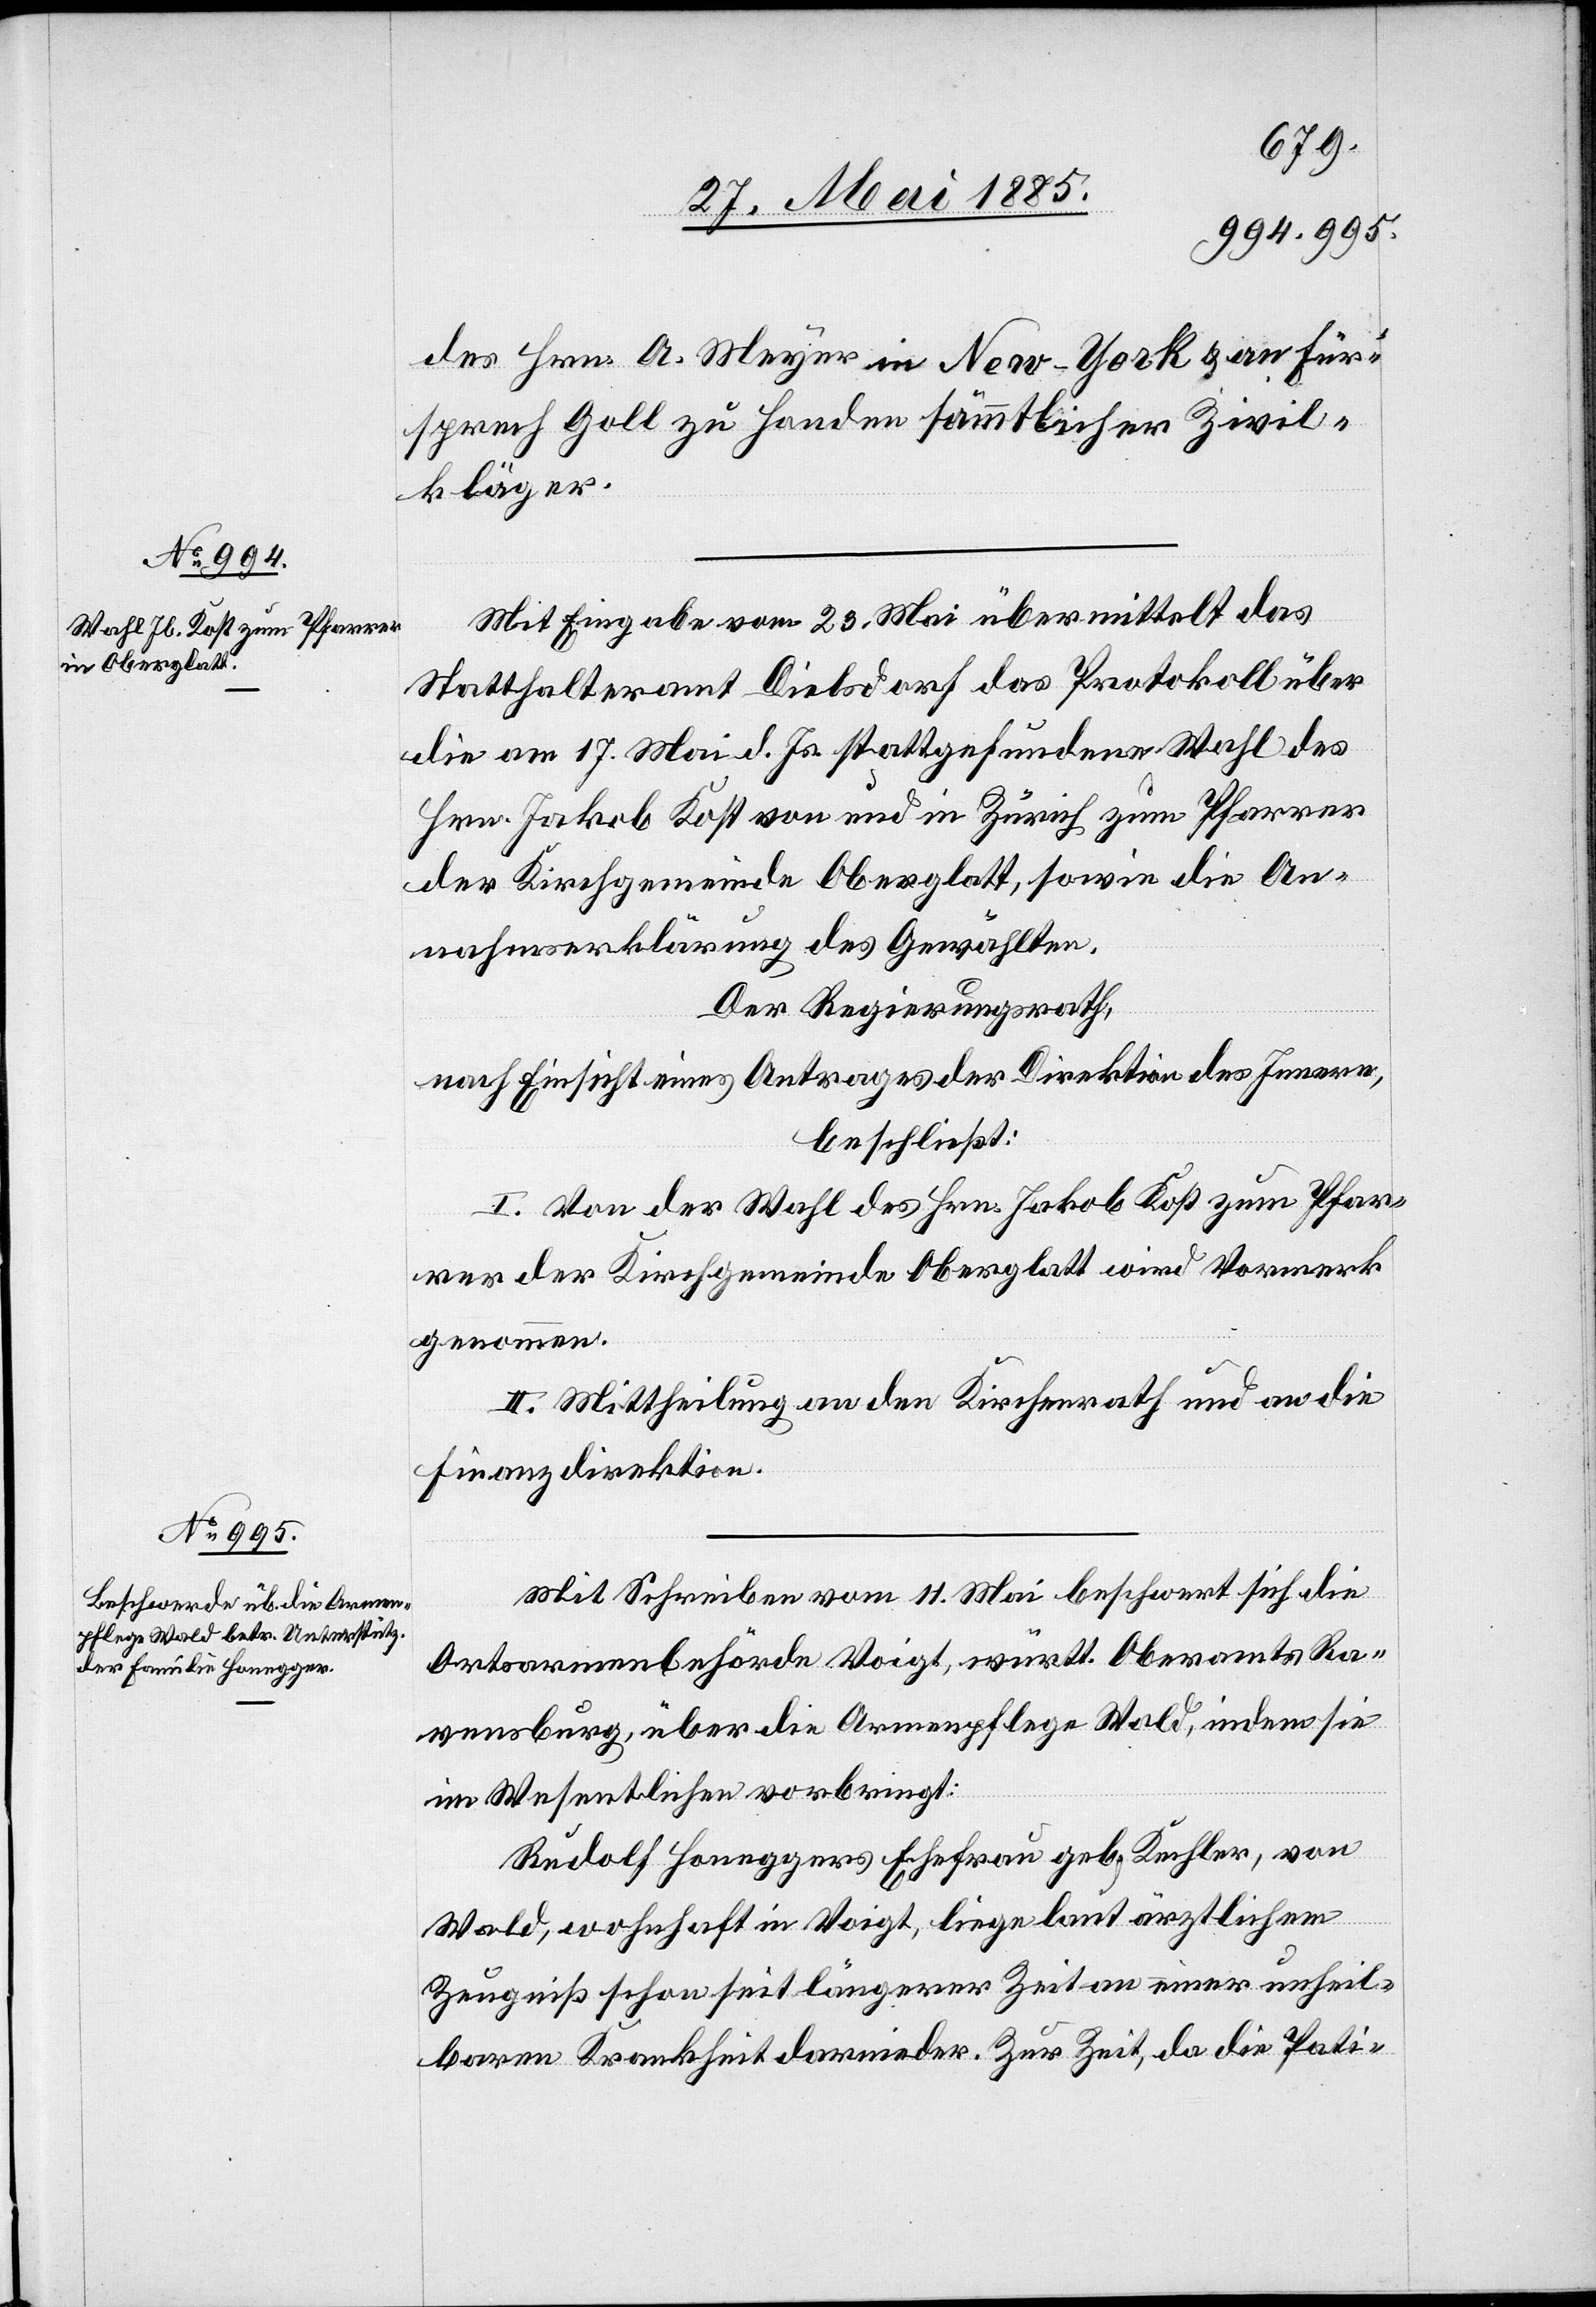
des Hrn. A. Meyer in New-York & an Für¬
sprech Goll zu Handen sämmtlicher Zivil¬
kläger.
Mit Eingabe vom 23. Mai übermittelt das
Statthalteramt Dielsdorf das Protokoll über
die am 17. Mai d. Js. stattgefundene Wahl des
Hrn. Jakob Kost von und in Zürich zum Pfarrer
der Kirchgemeinde Oberglatt, sowie die An¬
nahmserklärung des Gewählten.
Der Regierungsrath,
nach Einsicht eines Antrages der Direktion des Innern,
beschließt:
I. Von der Wahl des Hrn. Jakob Kost zum Pfar¬
rer der Kirchgemeinde Oberglatt wird Vormerk
genommen.
II. Mittheilung an den Kirchenrath und an die
Finanzdirektion.
Mit Schreiben vom 11. Mai beschwert sich die
Ortsarmenbehörde Voigt, württ. Oberamts Ra¬
vensburg, über die Armenpflege Wald, indem sie
im Wesentlichen vorbringt:
Rudolf Honeggers Ehefrau geb. Kechler, von
Wald, wohnhaft in Voigt, liege laut ärztlichem
Zeugniß schon seit längerer Zeit an einer unheil¬
baren Krankheit darnieder. Zur Zeit, da die Pati-